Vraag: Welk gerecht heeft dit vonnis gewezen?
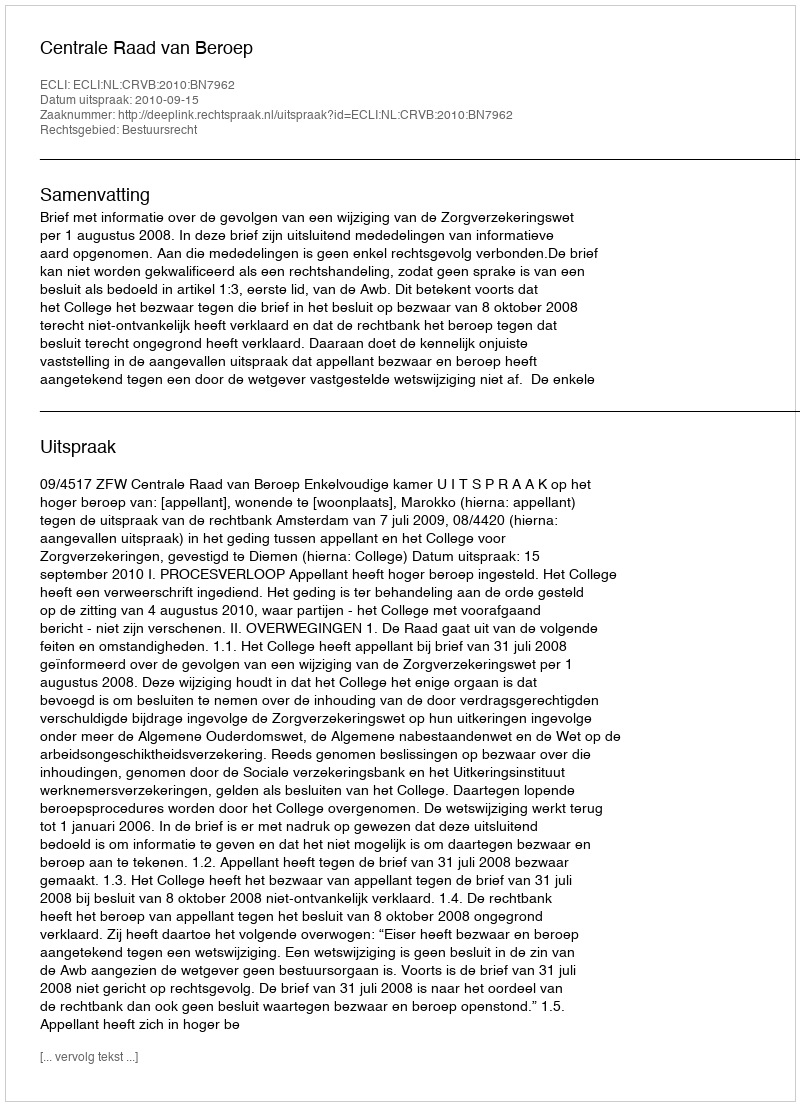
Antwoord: Centrale Raad van Beroep